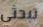
تبحثي